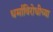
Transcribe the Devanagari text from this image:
धर्माविरोधीच्या